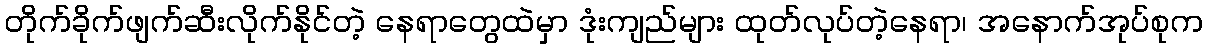
တိုက်ခိုက်ဖျက်ဆီးလိုက်နိုင်တဲ့ နေရာတွေထဲမှာ ဒုံးကျည်များ ထုတ်လုပ်တဲ့နေရာ၊ အနောက်အုပ်စုက